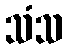
သံသ